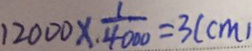
1 2 0 0 0 \times \frac { 1 } { 4 0 0 0 } = 3 ( c m )